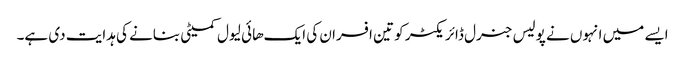
ایسے میں انہوں نے پولیس جنرل ڈائریکٹر کو تین افسران کی ایک هائی لیول کمیٹی بنانے کی ہدایت دی ہے۔